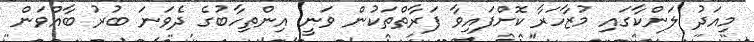
މިއަދު ލަންކާގައި މުޒާހަރާ ކޮށްފައިވާ ފަރާތްތަކުން ވަނީ އިންތިހާބުގެ ދެވަނަ ބުރު ބާއްވަން